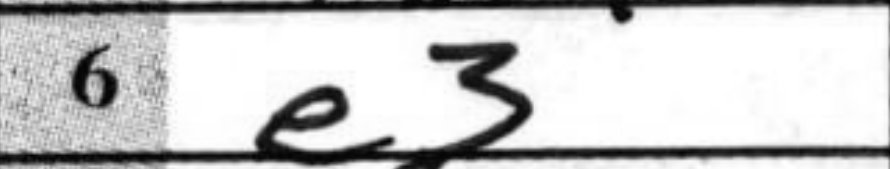
Transcription: e3